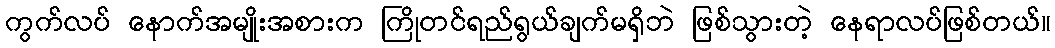
ကွက်လပ် နောက်အမျိုးအစားက ကြိုတင်ရည်ရွယ်ချက်မရှိဘဲ ဖြစ်သွားတဲ့ နေရာလပ်ဖြစ်တယ်။